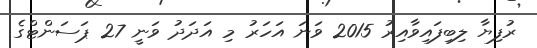
ރުފިޔާ ލިބިފައިވާއިރު 2015 ވަނަ އަހަރު މި އަދަދު ވަނީ 27 ޕަސަންޓްގެ